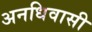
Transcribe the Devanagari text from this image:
अनधिवासी